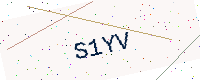
Text: S1YV